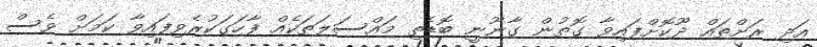
އަދި ރަށްތައް ދޫކޮށްފައިވާ ގޮތުން ގާނޫނީ ބޮޑެތި މައްސަލަތަކެއް ފާހަގަކުރެވިފައިވާ ކަމަށް ވެސް